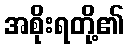
အစိုးရတို့၏